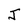
Character: J